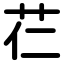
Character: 芢